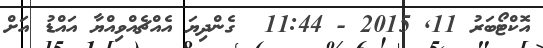
އޮކްޓޯބަރު 11